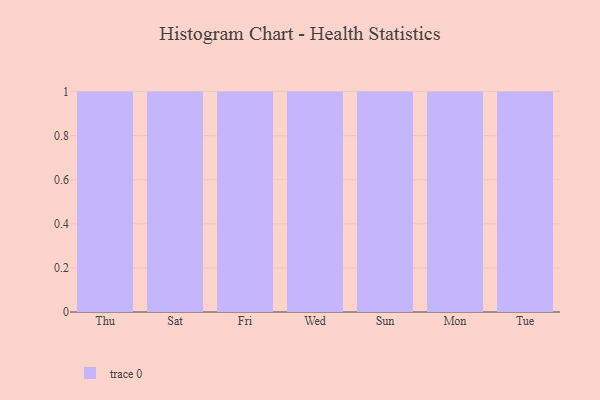
{"axis": {"x": "Day", "y": "LTV (USD)"}, "legend": [""], "data": [{"x": "Thu", "y": 88, "type": ""}, {"x": "Sat", "y": 75, "type": ""}, {"x": "Fri", "y": 78, "type": ""}, {"x": "Wed", "y": 18, "type": ""}, {"x": "Sun", "y": 99, "type": ""}, {"x": "Mon", "y": 93, "type": ""}, {"x": "Tue", "y": 36, "type": ""}]}